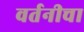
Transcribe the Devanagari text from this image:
वर्तनीचा